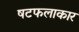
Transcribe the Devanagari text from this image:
षटफलाकार